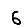
Digit: 6